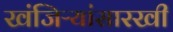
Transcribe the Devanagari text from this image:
खंजिऱ्यांसारखी